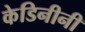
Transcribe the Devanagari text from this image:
केडिनीनी